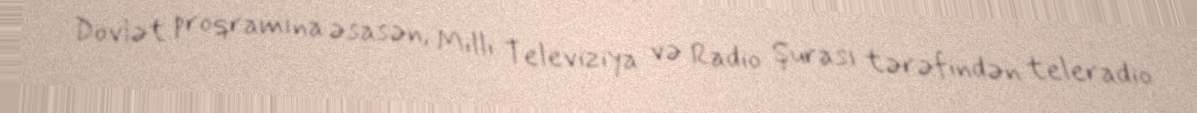
Dövlət proqramına əsasən, Milli Televiziya və Radio Şurası tərəfindən teleradio